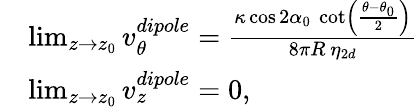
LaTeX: \begin{array}{rl}&{\operatorname*{lim}_{z\rightarrow z_{0}}v_{\theta}^{dipole}=\frac{\kappa\cos 2\alpha_{0}~\cot\left(\frac{\theta-\theta_{0}}{2}\right)}{8\pi R~\eta_{2d}}}\\ &{\operatorname*{lim}_{z\rightarrow z_{0}}v_{z}^{dipole}=0,}\end{array}